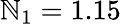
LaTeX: \mathbb{N}_{1}=1.15